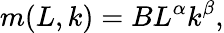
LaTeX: m(L,k)=BL^{\alpha}k^{\beta},